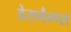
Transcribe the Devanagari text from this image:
डेसचैम्प्स